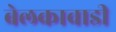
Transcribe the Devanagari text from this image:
बेलकावाडी